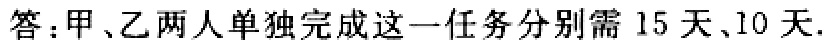
答：甲、乙两人单独完成这一任务分别需 15 天、10 天.